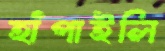
হাঁপাইলি